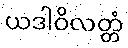
ယဒါဝိလတ္တံ